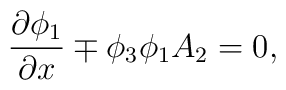
\frac{\partial \phi_1}{\partial x}\mp \phi_3\phi_1A_2=0,